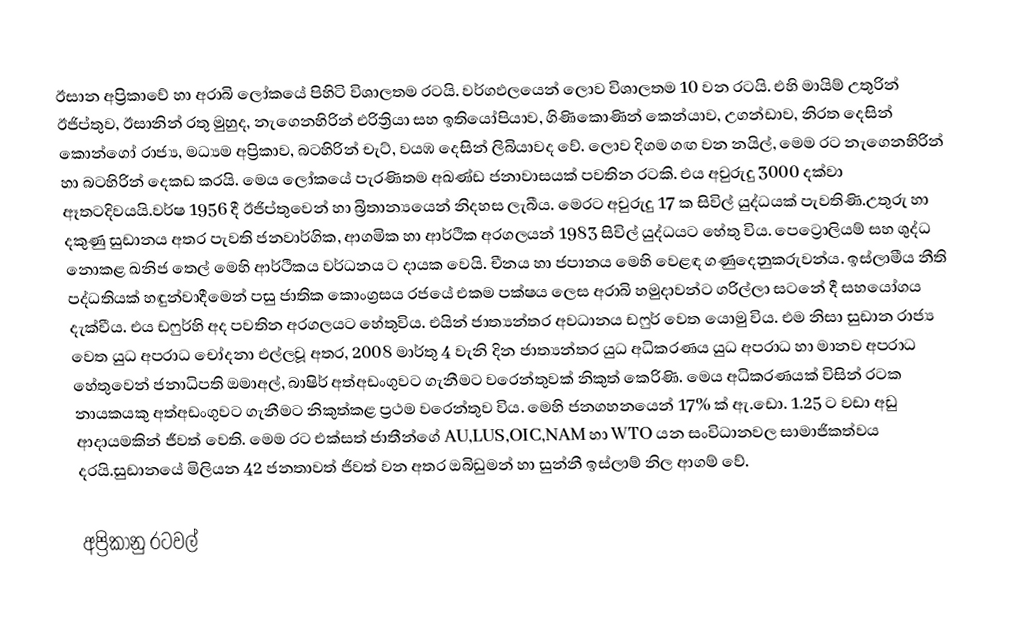
ඊසාන අප්‍රිකාවේ හා අරාබි ලෝක‍යේ පිහිටි විශාලතම රටයි. වර්ගඵලයෙන් ලොව විශාලතම 10 වන රටයි. එහි මායිම් උතුරින් ඊජිප්තුව, ඊසානින් රතු මුහුද, නැගෙනහිරින් එරිත්‍රියා  සහ ඉතියෝපියාව, ගිණිකොණින් කෙන්යාව, උගන්ඩාව, නිරත දෙසින් කොන්ගෝ රාජ්‍ය, මධ්‍යම අප්‍රිකාව, බටහිරින් චැට්, වයඹ දෙසින් ලිබියාවද වේ. ලොව දිගම ගඟ වන නයිල්, මෙම රට නැගෙනහිරින් හා බටහිරින් දෙකඩ කරයි. මෙය ලෝකයේ පැරණිතම අඛණ්ඩ ජනාවාසයක් පවතින රටකි. එය අවුරුදු 3000 දක්වා ඈතටදිවයයි.වර්ෂ  1956 දී ඊජිප්තුවෙන් හා බ්‍රිතාන්‍යයෙන් නිදහස ලැබීය. මෙරට අවුරුදු 17 ක සිවිල් යුද්ධයක් පැවතිණි.උතුරු හා දකුණු සුඩානය අතර පැවති  ජනවාර්ගික, ආගමික හා ආර්ථික අරගලයන්  1983 සිවිල් යුද්ධයට හේතු විය. පෙට්‍රොලියම් සහ ශුද්ධ නොකළ ඛනිජ තෙල් මෙහි ආර්ථිකය වර්ධනය ට දායක වෙයි. චීනය හා ජපානය මෙහි වෙළඳ ගණුදෙනුකරුවන්ය. ඉස්ලාමීය නීති පද්ධතියක්  හඳුන්වාදීමෙන් පසු ජාතික කොංග්‍රසය රජයේ  එකම පක්ෂය ලෙස අරාබි හමුදාවන්ට ගරිල්ලා  සටනේ දී සහයෝගය දැක්වීය. එය ඩෆුර්හි අද පවතින  අරගලයට හේතුවිය. එයින්  ජාත්‍යන්තර අවධානය ඩෆුර් වෙත යොමු විය. එම නිසා සුඩාන රාජ්‍ය වෙත  යුධ අපරාධ චෝදනා එල්ලවූ  අතර, 2008 මාර්තු 4 වැනි දින ජාත්‍යන්තර යුධ අධිකරණය යුධ අපරාධ හා මානව අපරාධ හේතුවෙන් ජනාධිපති ඔමාඅල්, බාෂිර් අත්අඩංගුවට ගැනීමට වරෙන්තුවක් නිකුත් කෙරිණි. මෙය අධිකරණයක් විසින් රටක නායකයකු අත්අඩංගුවට ගැනීමට නිකුත්කළ ප්‍රථම වරෙන්තුව විය. මෙහි ජනගහනයෙන් 17% ක් ඇ.‍ඩො. 1.25 ට වඩා අඩු ආදායමකින්  ජීවත් වෙති. මෙම රට එක්සත් ජාතීන්ගේ AU,LUS,OIC,NAM හා WTO යන සංවිධානවල සාමාජිකත්වය දරයි.සුඩානයේ මිලියන 42 ජනතාවත්  ජිවත් වන අතර ඔබිඩුමන් හා සුන්නී ඉස්ලාම් නිල ආගම් වේ.

අප්‍රිකානු රටවල්